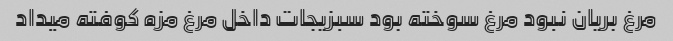
مرغ بریان نبود مرغ سوخته بود سبزیجات داخل مرغ مزه کوفته میداد